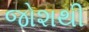
જોશથી